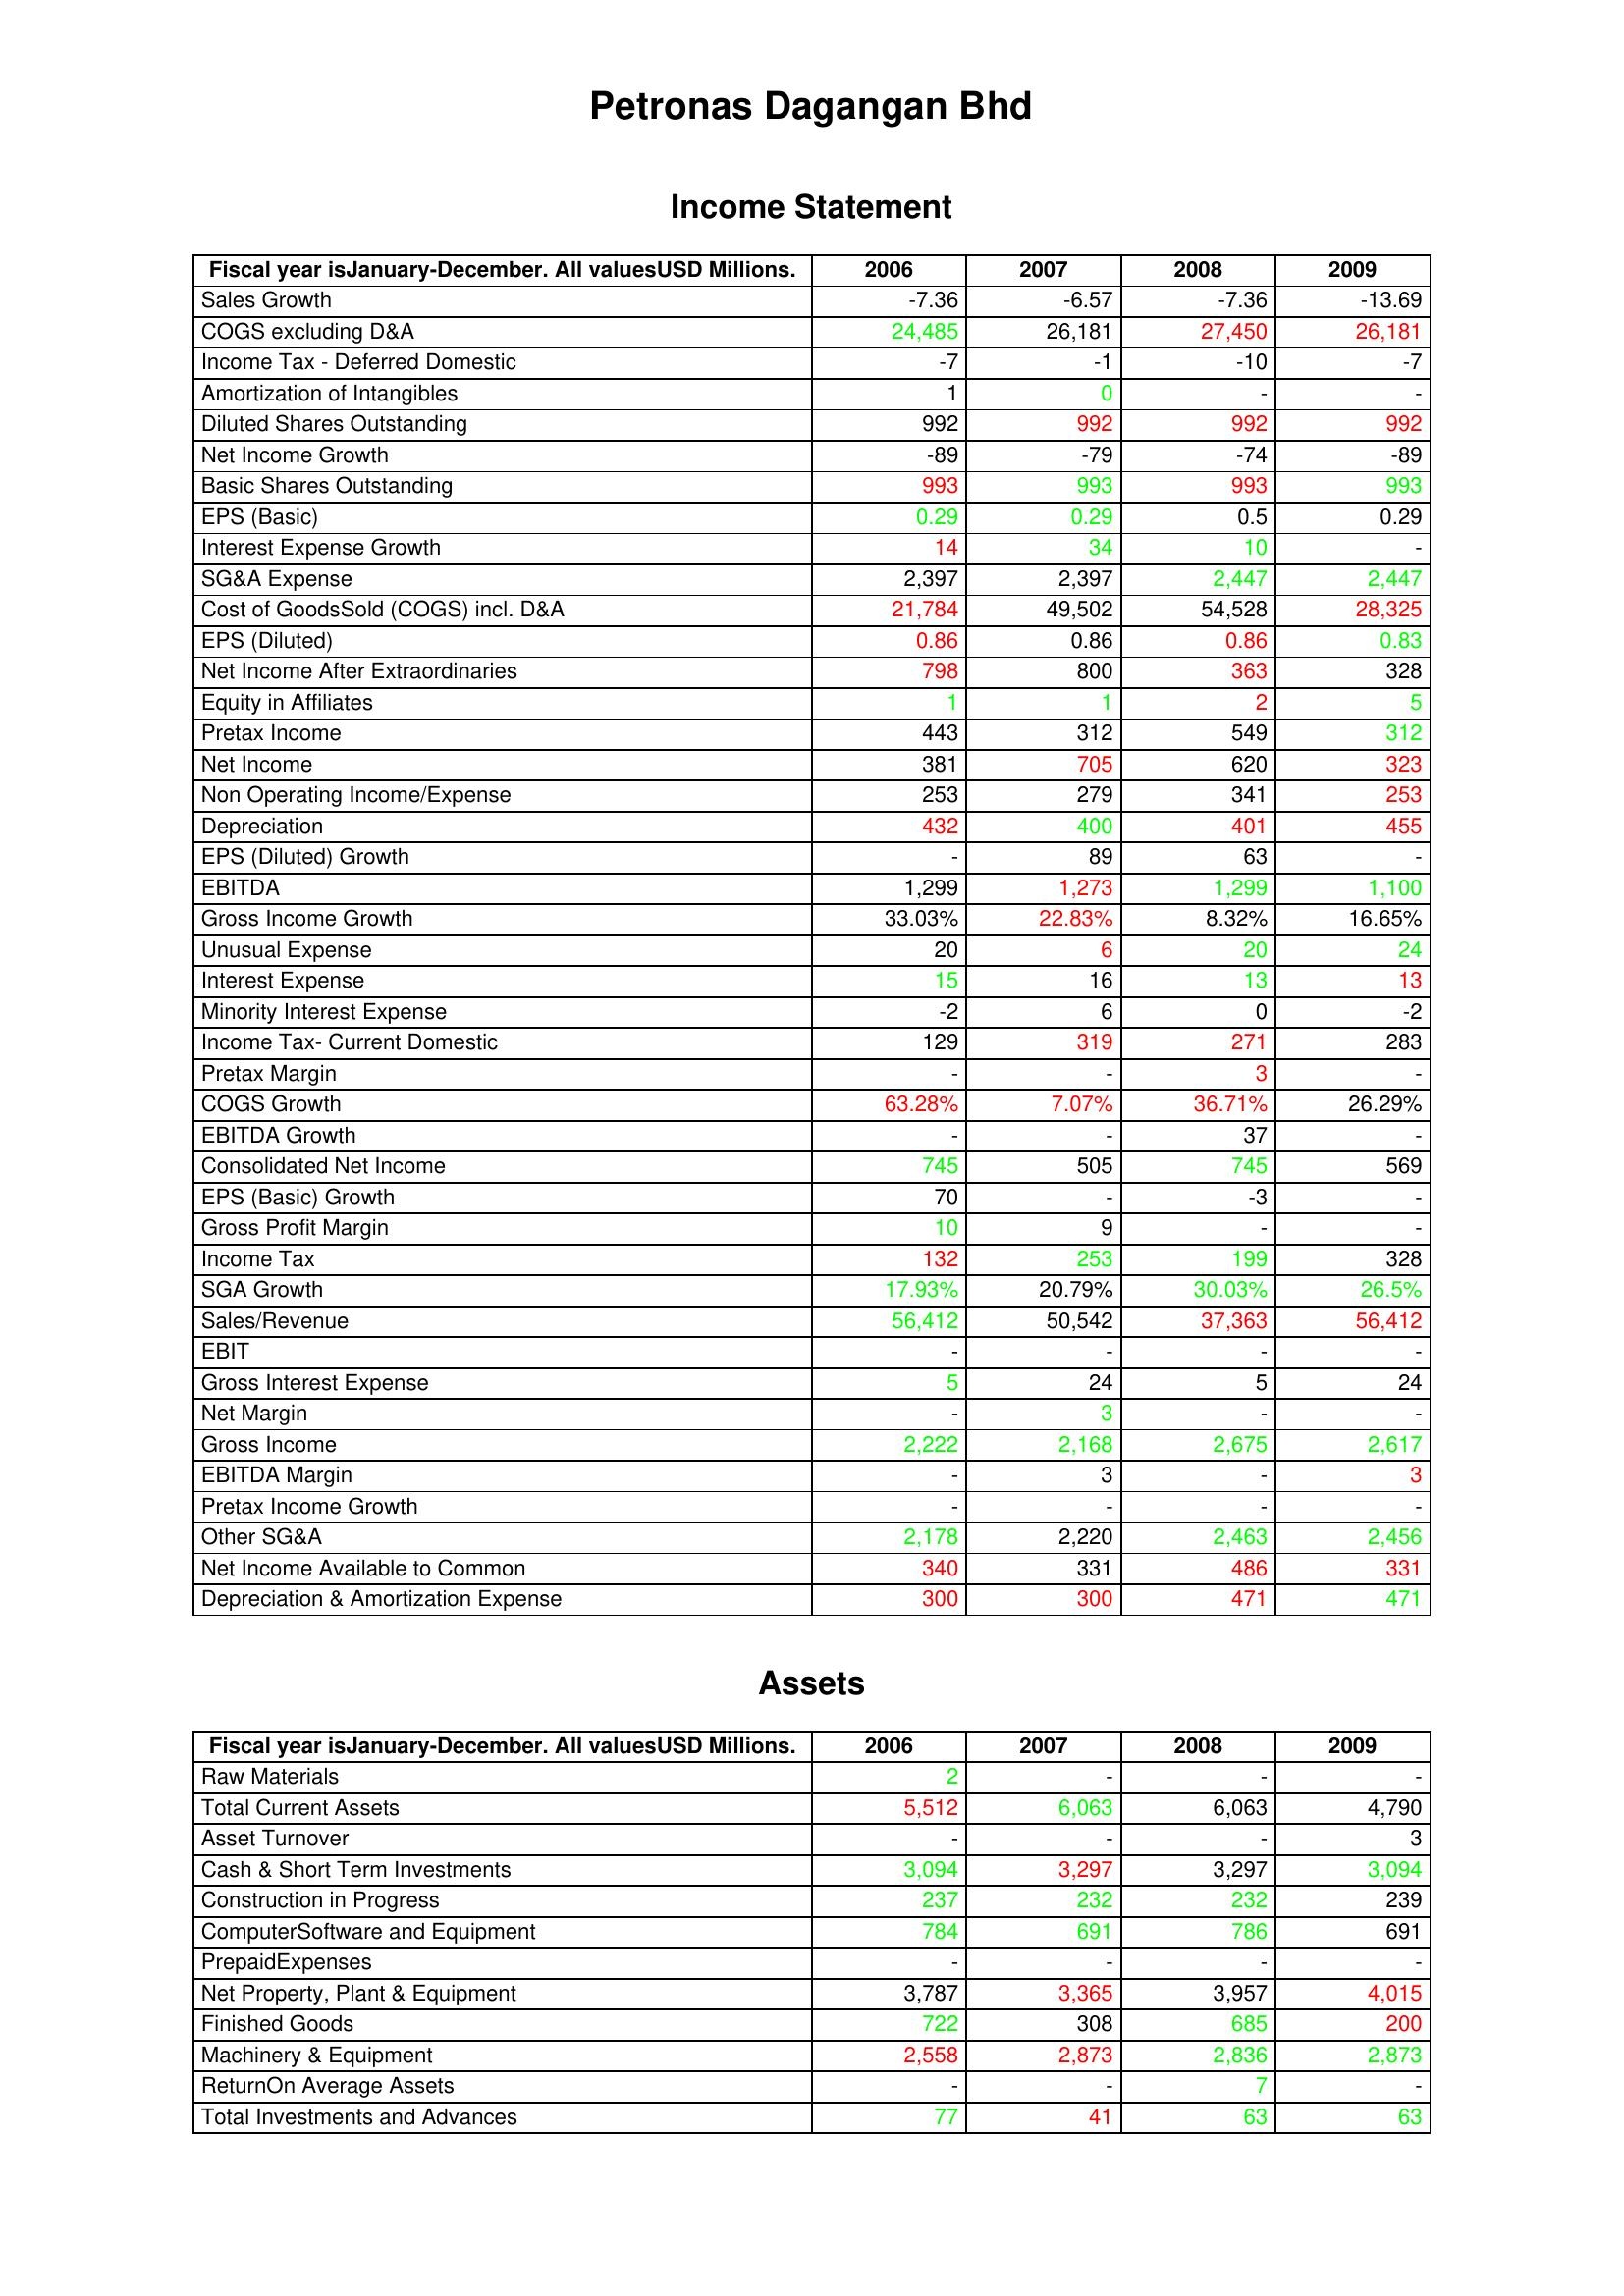
gt_parse: 2006: Income Statement: Sales Growth: -7.36
COGS excluding D&A: 24,485
Income Tax - Deferred Domestic: -7
Amortization of Intangibles: 1
Diluted Shares Outstanding: 992
Net Income Growth: -89
Basic Shares Outstanding: 993
EPS (Basic): 0.29
Interest Expense Growth: 14
SG&A Expense: 2,397
Cost of GoodsSold (COGS) incl. D&A: 21,784
EPS (Diluted): 0.86
Net Income After Extraordinaries: 798
Equity in Affiliates: 1
Pretax Income: 443
Net Income: 381
Non Operating Income/Expense: 253
Depreciation: 432
EPS (Diluted) Growth: -
EBITDA: 1,299
Gross Income Growth: 33.03%
Unusual Expense: 20
Interest Expense: 15
Minority Interest Expense: -2
Income Tax- Current Domestic: 129
Pretax Margin: -
COGS Growth: 63.28%
EBITDA Growth: -
Consolidated Net Income: 745
EPS (Basic) Growth: 70
Gross Profit Margin: 10
Income Tax: 132
SGA Growth: 17.93%
Sales/Revenue: 56,412
EBIT: -
Gross Interest Expense: 5
Net Margin: -
Gross Income: 2,222
EBITDA Margin: -
Pretax Income Growth: -
Other SG&A: 2,178
Net Income Available to Common: 340
Depreciation & Amortization Expense: 300
Assets: Raw Materials: 2
Total Current Assets: 5,512
Asset Turnover: -
Cash & Short Term Investments: 3,094
Construction in Progress: 237
ComputerSoftware and Equipment: 784
PrepaidExpenses: -
Net Property, Plant & Equipment: 3,787
Finished Goods: 722
Machinery & Equipment: 2,558
ReturnOn Average Assets: -
Total Investments and Advances: 77
2007: Income Statement: Sales Growth: -6.57
COGS excluding D&A: 26,181
Income Tax - Deferred Domestic: -1
Amortization of Intangibles: 0
Diluted Shares Outstanding: 992
Net Income Growth: -79
Basic Shares Outstanding: 993
EPS (Basic): 0.29
Interest Expense Growth: 34
SG&A Expense: 2,397
Cost of GoodsSold (COGS) incl. D&A: 49,502
EPS (Diluted): 0.86
Net Income After Extraordinaries: 800
Equity in Affiliates: 1
Pretax Income: 312
Net Income: 705
Non Operating Income/Expense: 279
Depreciation: 400
EPS (Diluted) Growth: 89
EBITDA: 1,273
Gross Income Growth: 22.83%
Unusual Expense: 6
Interest Expense: 16
Minority Interest Expense: 6
Income Tax- Current Domestic: 319
Pretax Margin: -
COGS Growth: 7.07%
EBITDA Growth: -
Consolidated Net Income: 505
EPS (Basic) Growth: -
Gross Profit Margin: 9
Income Tax: 253
SGA Growth: 20.79%
Sales/Revenue: 50,542
EBIT: -
Gross Interest Expense: 24
Net Margin: 3
Gross Income: 2,168
EBITDA Margin: 3
Pretax Income Growth: -
Other SG&A: 2,220
Net Income Available to Common: 331
Depreciation & Amortization Expense: 300
Assets: Raw Materials: -
Total Current Assets: 6,063
Asset Turnover: -
Cash & Short Term Investments: 3,297
Construction in Progress: 232
ComputerSoftware and Equipment: 691
PrepaidExpenses: -
Net Property, Plant & Equipment: 3,365
Finished Goods: 308
Machinery & Equipment: 2,873
ReturnOn Average Assets: -
Total Investments and Advances: 41
2008: Income Statement: Sales Growth: -7.36
COGS excluding D&A: 27,450
Income Tax - Deferred Domestic: -10
Amortization of Intangibles: -
Diluted Shares Outstanding: 992
Net Income Growth: -74
Basic Shares Outstanding: 993
EPS (Basic): 0.5
Interest Expense Growth: 10
SG&A Expense: 2,447
Cost of GoodsSold (COGS) incl. D&A: 54,528
EPS (Diluted): 0.86
Net Income After Extraordinaries: 363
Equity in Affiliates: 2
Pretax Income: 549
Net Income: 620
Non Operating Income/Expense: 341
Depreciation: 401
EPS (Diluted) Growth: 63
EBITDA: 1,299
Gross Income Growth: 8.32%
Unusual Expense: 20
Interest Expense: 13
Minority Interest Expense: 0
Income Tax- Current Domestic: 271
Pretax Margin: 3
COGS Growth: 36.71%
EBITDA Growth: 37
Consolidated Net Income: 745
EPS (Basic) Growth: -3
Gross Profit Margin: -
Income Tax: 199
SGA Growth: 30.03%
Sales/Revenue: 37,363
EBIT: -
Gross Interest Expense: 5
Net Margin: -
Gross Income: 2,675
EBITDA Margin: -
Pretax Income Growth: -
Other SG&A: 2,463
Net Income Available to Common: 486
Depreciation & Amortization Expense: 471
Assets: Raw Materials: -
Total Current Assets: 6,063
Asset Turnover: -
Cash & Short Term Investments: 3,297
Construction in Progress: 232
ComputerSoftware and Equipment: 786
PrepaidExpenses: -
Net Property, Plant & Equipment: 3,957
Finished Goods: 685
Machinery & Equipment: 2,836
ReturnOn Average Assets: 7
Total Investments and Advances: 63
2009: Income Statement: Sales Growth: -13.69
COGS excluding D&A: 26,181
Income Tax - Deferred Domestic: -7
Amortization of Intangibles: -
Diluted Shares Outstanding: 992
Net Income Growth: -89
Basic Shares Outstanding: 993
EPS (Basic): 0.29
Interest Expense Growth: -
SG&A Expense: 2,447
Cost of GoodsSold (COGS) incl. D&A: 28,325
EPS (Diluted): 0.83
Net Income After Extraordinaries: 328
Equity in Affiliates: 5
Pretax Income: 312
Net Income: 323
Non Operating Income/Expense: 253
Depreciation: 455
EPS (Diluted) Growth: -
EBITDA: 1,100
Gross Income Growth: 16.65%
Unusual Expense: 24
Interest Expense: 13
Minority Interest Expense: -2
Income Tax- Current Domestic: 283
Pretax Margin: -
COGS Growth: 26.29%
EBITDA Growth: -
Consolidated Net Income: 569
EPS (Basic) Growth: -
Gross Profit Margin: -
Income Tax: 328
SGA Growth: 26.5%
Sales/Revenue: 56,412
EBIT: -
Gross Interest Expense: 24
Net Margin: -
Gross Income: 2,617
EBITDA Margin: 3
Pretax Income Growth: -
Other SG&A: 2,456
Net Income Available to Common: 331
Depreciation & Amortization Expense: 471
Assets: Raw Materials: -
Total Current Assets: 4,790
Asset Turnover: 3
Cash & Short Term Investments: 3,094
Construction in Progress: 239
ComputerSoftware and Equipment: 691
PrepaidExpenses: -
Net Property, Plant & Equipment: 4,015
Finished Goods: 200
Machinery & Equipment: 2,873
ReturnOn Average Assets: -
Total Investments and Advances: 63